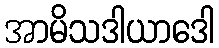
အာမိသဒါယာဒေါ